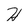
Character: H